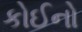
કોઈનો